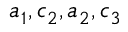
a _ { 1 } , c _ { 2 } , a _ { 2 } , c _ { 3 }